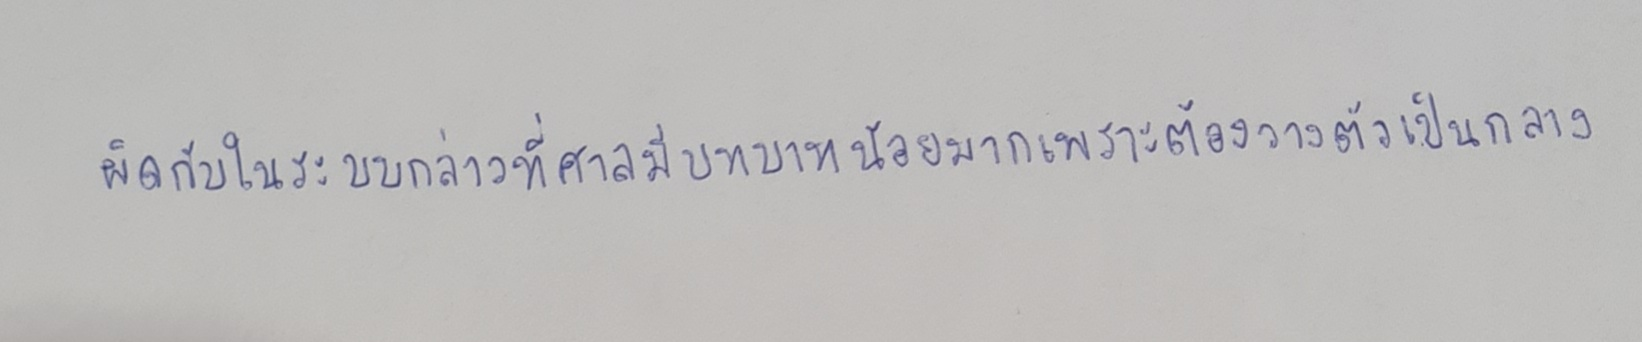
ผิดกับในระบบกล่าวที่ศาลมีบทบาทน้อยมากเพราะต้องวางตัวเป็นกลาง